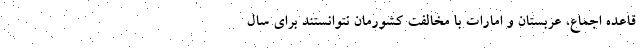
قاعده اجماع، عربستان و امارات با مخالفت کشورمان نتوانستند برای سال